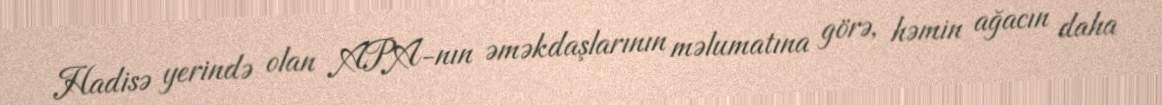
Hadisə yerində olan APA-nın əməkdaşlarının məlumatına görə, həmin ağacın daha